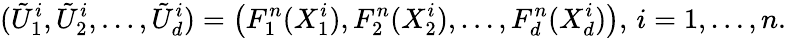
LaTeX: ({\tilde{U}}_{1}^{i},{\tilde{U}}_{2}^{i},\dots,{\tilde{U}}_{d}^{i})=\left(F_{1}^{n}(X_{1}^{i}),F_{2}^{n}(X_{2}^{i}),\dots,F_{d}^{n}(X_{d}^{i})\right),\, i=1,\dots,n.